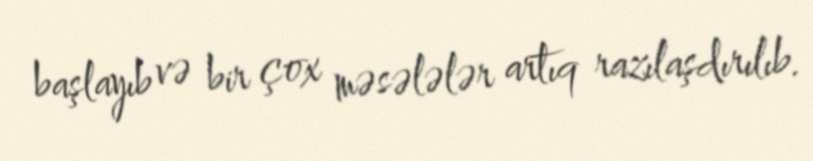
başlayıb və bir çox məsələlər artıq razılaşdırılıb.